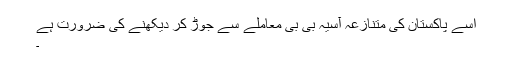
اسے پاکستان کی متنازعہ آسیہ بی بی معاملے سے جوڑ کر دیکھنے کی ضرورت ہے
۔